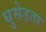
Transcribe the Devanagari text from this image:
घुसेड़ता